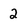
Character: 2